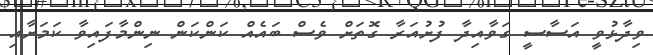
ވިދާޅުވީ އަސާސީ ގަވާއިދާ ފުށުއަރާ ގޮތަށް ވެސް ބައެއް ކަންކަން ނިންމާފައިވާ ކަމަށާއި